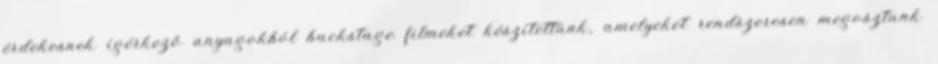
érdekesnek ígérkező anyagokból backstage filmeket készítettünk, amelyeket rendszeresen megosztunk